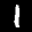
Label: 1